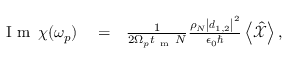
\begin{array} { r l r } { \mathrm { ~ I ~ m ~ } \, \chi ( \omega _ { p } ) } & { { } = } & { \frac { 1 } { 2 \Omega _ { p } t _ { \mathrm { ~ m ~ } } N } \frac { \rho _ { N } \left| \boldsymbol d _ { 1 , 2 } \right| ^ { 2 } } { \epsilon _ { 0 } \hbar } \left< \hat { \mathcal X } \right> , } \end{array}